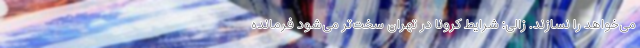
می‌خواهد را نسازند. زالی: شرایط کرونا در تهران سخت‌تر می‌شود فرمانده